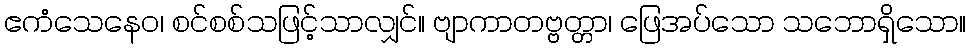
ဧကံသေနေဝ၊ စင်စစ်သဖြင့်သာလျှင်။ ဗျာကာတဗ္ဗတ္တာ၊ ဖြေအပ်သော သဘောရှိသော။